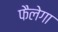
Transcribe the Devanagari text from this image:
फैलेगा